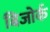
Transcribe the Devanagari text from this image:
बिजोर्क